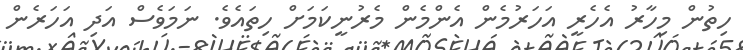
ހިތުން މިހާރު އެހެރީ އަހަރުމެން އެންމެން މެރުނީކަމަށް ހިތައެވެ. ނަމަވެސް އަދި އަހަރެން